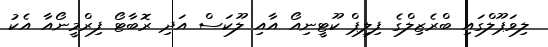
ލިވަޕޫލްގައި ބްރެޒިލްގެ ފިލިޕް ކޫޓީނިއޯ އާއި ލޫކަސް އަދި ރޮބާޓޯ ފިރްމީނޯއާ އެކު